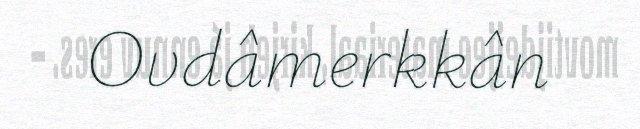
Ovdâmerkkân